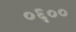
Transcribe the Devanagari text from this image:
०६००